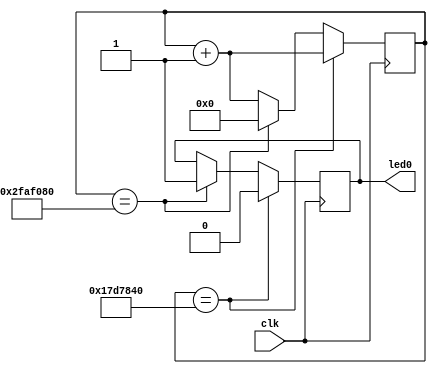
`timescale 1ns / 1ps

`define OFF_TIME 25000000
`define ON_TIME (`OFF_TIME*2)



module blink(clk, led0);

input clk;
output led0;

reg led0;
reg [31:0] count;

initial begin
	count<=0;
	led0<=1'b1;
end

always @(posedge clk) begin
	count<=count+1;
		if(count==`OFF_TIME) begin
			led0<=1'b0;
		end
		else if(count==`ON_TIME) begin
			led0<=1'b1;
			count<=0;
		end
	end

endmodule